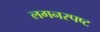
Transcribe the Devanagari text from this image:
लगनस्पष्ट